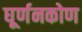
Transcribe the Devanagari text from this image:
घूर्णनकोण